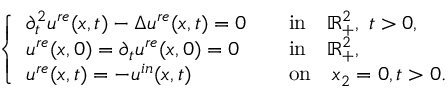
\begin{array} { r } { \left\{ \begin{array} { l l l } { \partial _ { t } ^ { 2 } u ^ { r e } ( x , t ) - \Delta u ^ { r e } ( x , t ) = 0 } & & { \mathrm { i n } \quad { \mathbb R } _ { + } ^ { 2 } , \; t > 0 , } \\ { u ^ { r e } ( x , 0 ) = \partial _ { t } u ^ { r e } ( x , 0 ) = 0 } & & { \mathrm { i n } \quad { \mathbb R } _ { + } ^ { 2 } , } \\ { u ^ { r e } ( x , t ) = - u ^ { i n } ( x , t ) } & & { \mathrm { o n } \quad x _ { 2 } = 0 , t > 0 . } \end{array} \right. } \end{array}